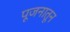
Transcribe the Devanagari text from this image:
पूजनातून